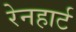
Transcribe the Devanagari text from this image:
रेनहार्ट